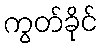
ကွတ်ခိုင်